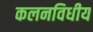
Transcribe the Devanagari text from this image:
कलनविधीय